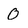
Character: 0